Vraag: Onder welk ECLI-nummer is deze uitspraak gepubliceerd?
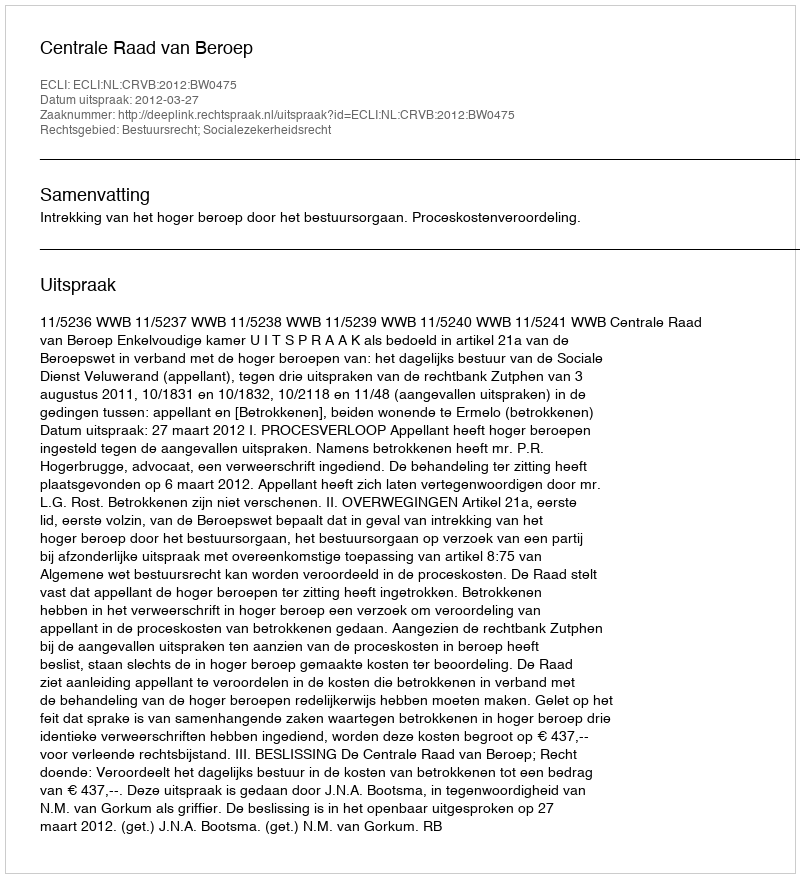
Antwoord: ECLI:NL:CRVB:2012:BW0475